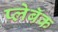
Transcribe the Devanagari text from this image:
प्लेबॅक